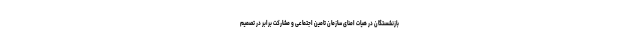
بازنشستگان در هیات امنای سازمان تامین اجتماعی و مشارکت برابر در تصمیم